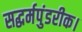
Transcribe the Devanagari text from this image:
सद्धर्मपुंडरीक।